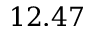
1 2 . 4 7